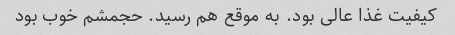
کیفیت غذا عالی بود. به موقع هم رسید. حجمشم خوب بود